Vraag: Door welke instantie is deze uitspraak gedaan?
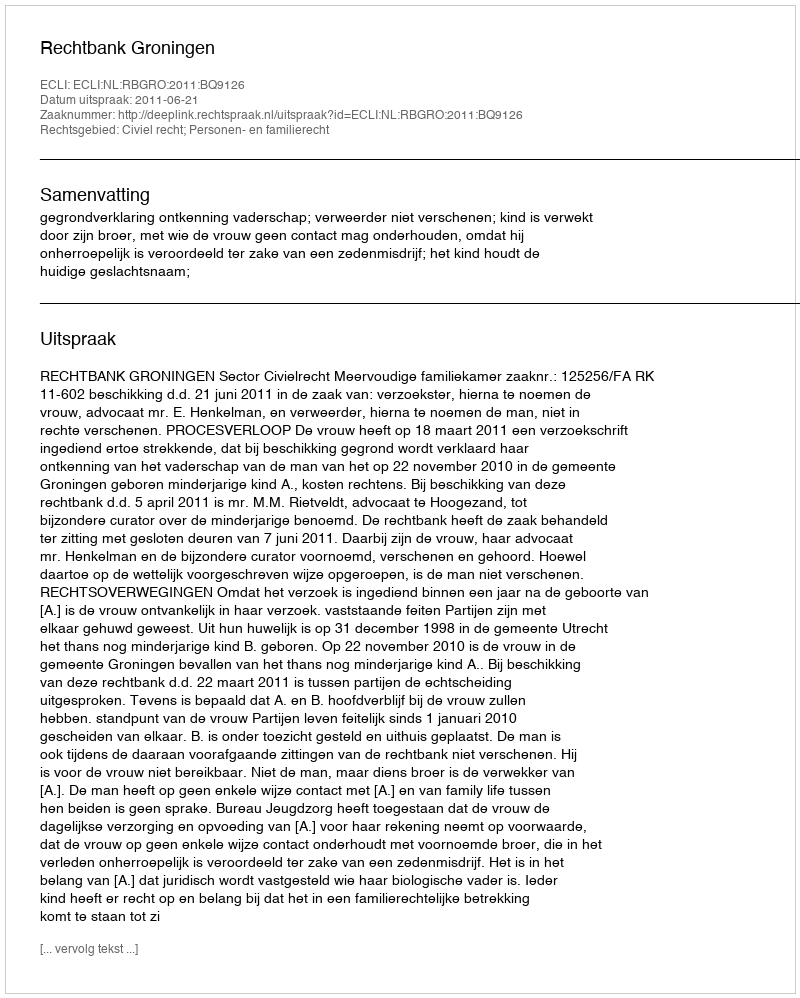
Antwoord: Rechtbank Groningen